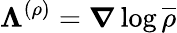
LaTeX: \mathbf{\boldsymbol{\Lambda}}^{(\rho)}=\boldsymbol{\nabla}\log\overline{{\rho}}